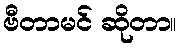
ဗီတာမင် ဆိုတာ။